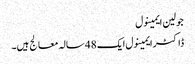
جولین ایمینول
ڈاکٹر ایمینول ایک 48 سالہ معالج ہیں۔